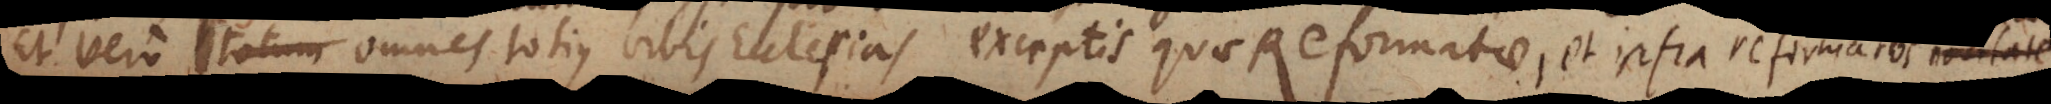
Et vero omnes totius orbis Ecclesias exceptis quae Reformatae dicuntur, et infra reformatos novitate